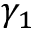
\gamma _ { 1 }